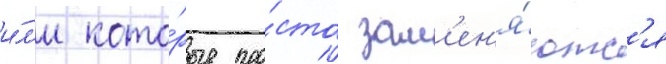
и́л'и кото́рые про́сто зам'ен'я́ютс'я